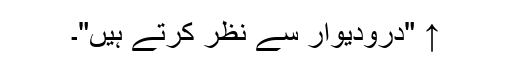
↑ "درودیوار سے نظر کرتے ہیں"۔